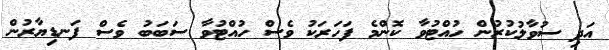
އަދި ސުވާލުކުރުން ހުއްޓުވާ ކޮންމެ ފަހަރަކު ވެސް ހުއްޓުވާ ސަބަބު ވެސް ފަނޑިޔާރުން